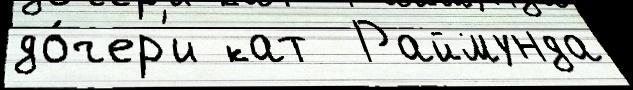
до́чер'и кат  Раймунда